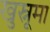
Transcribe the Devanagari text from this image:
खुस्नूमा